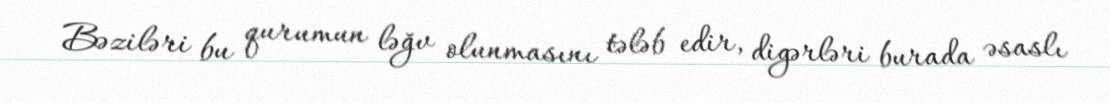
Bəziləri bu qurumun ləğv olunmasını tələb edir, digərləri burada əsaslı